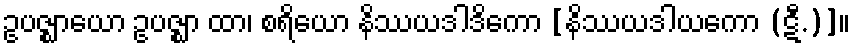
ဥပဇ္ဈာယော ဥပဇ္ဈာ ထာ၊ စရိယော နိဿယဒါဒိကော [နိဿယဒါယကော (ဋီ.)]။